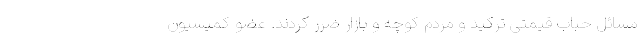
مسائل حباب قیمتی ترکید و مردم کوچه و بازار ضرر کردند. عضو کمیسیون